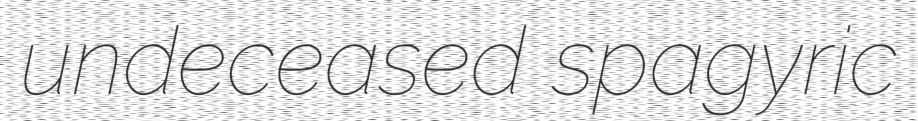
undeceased spagyric